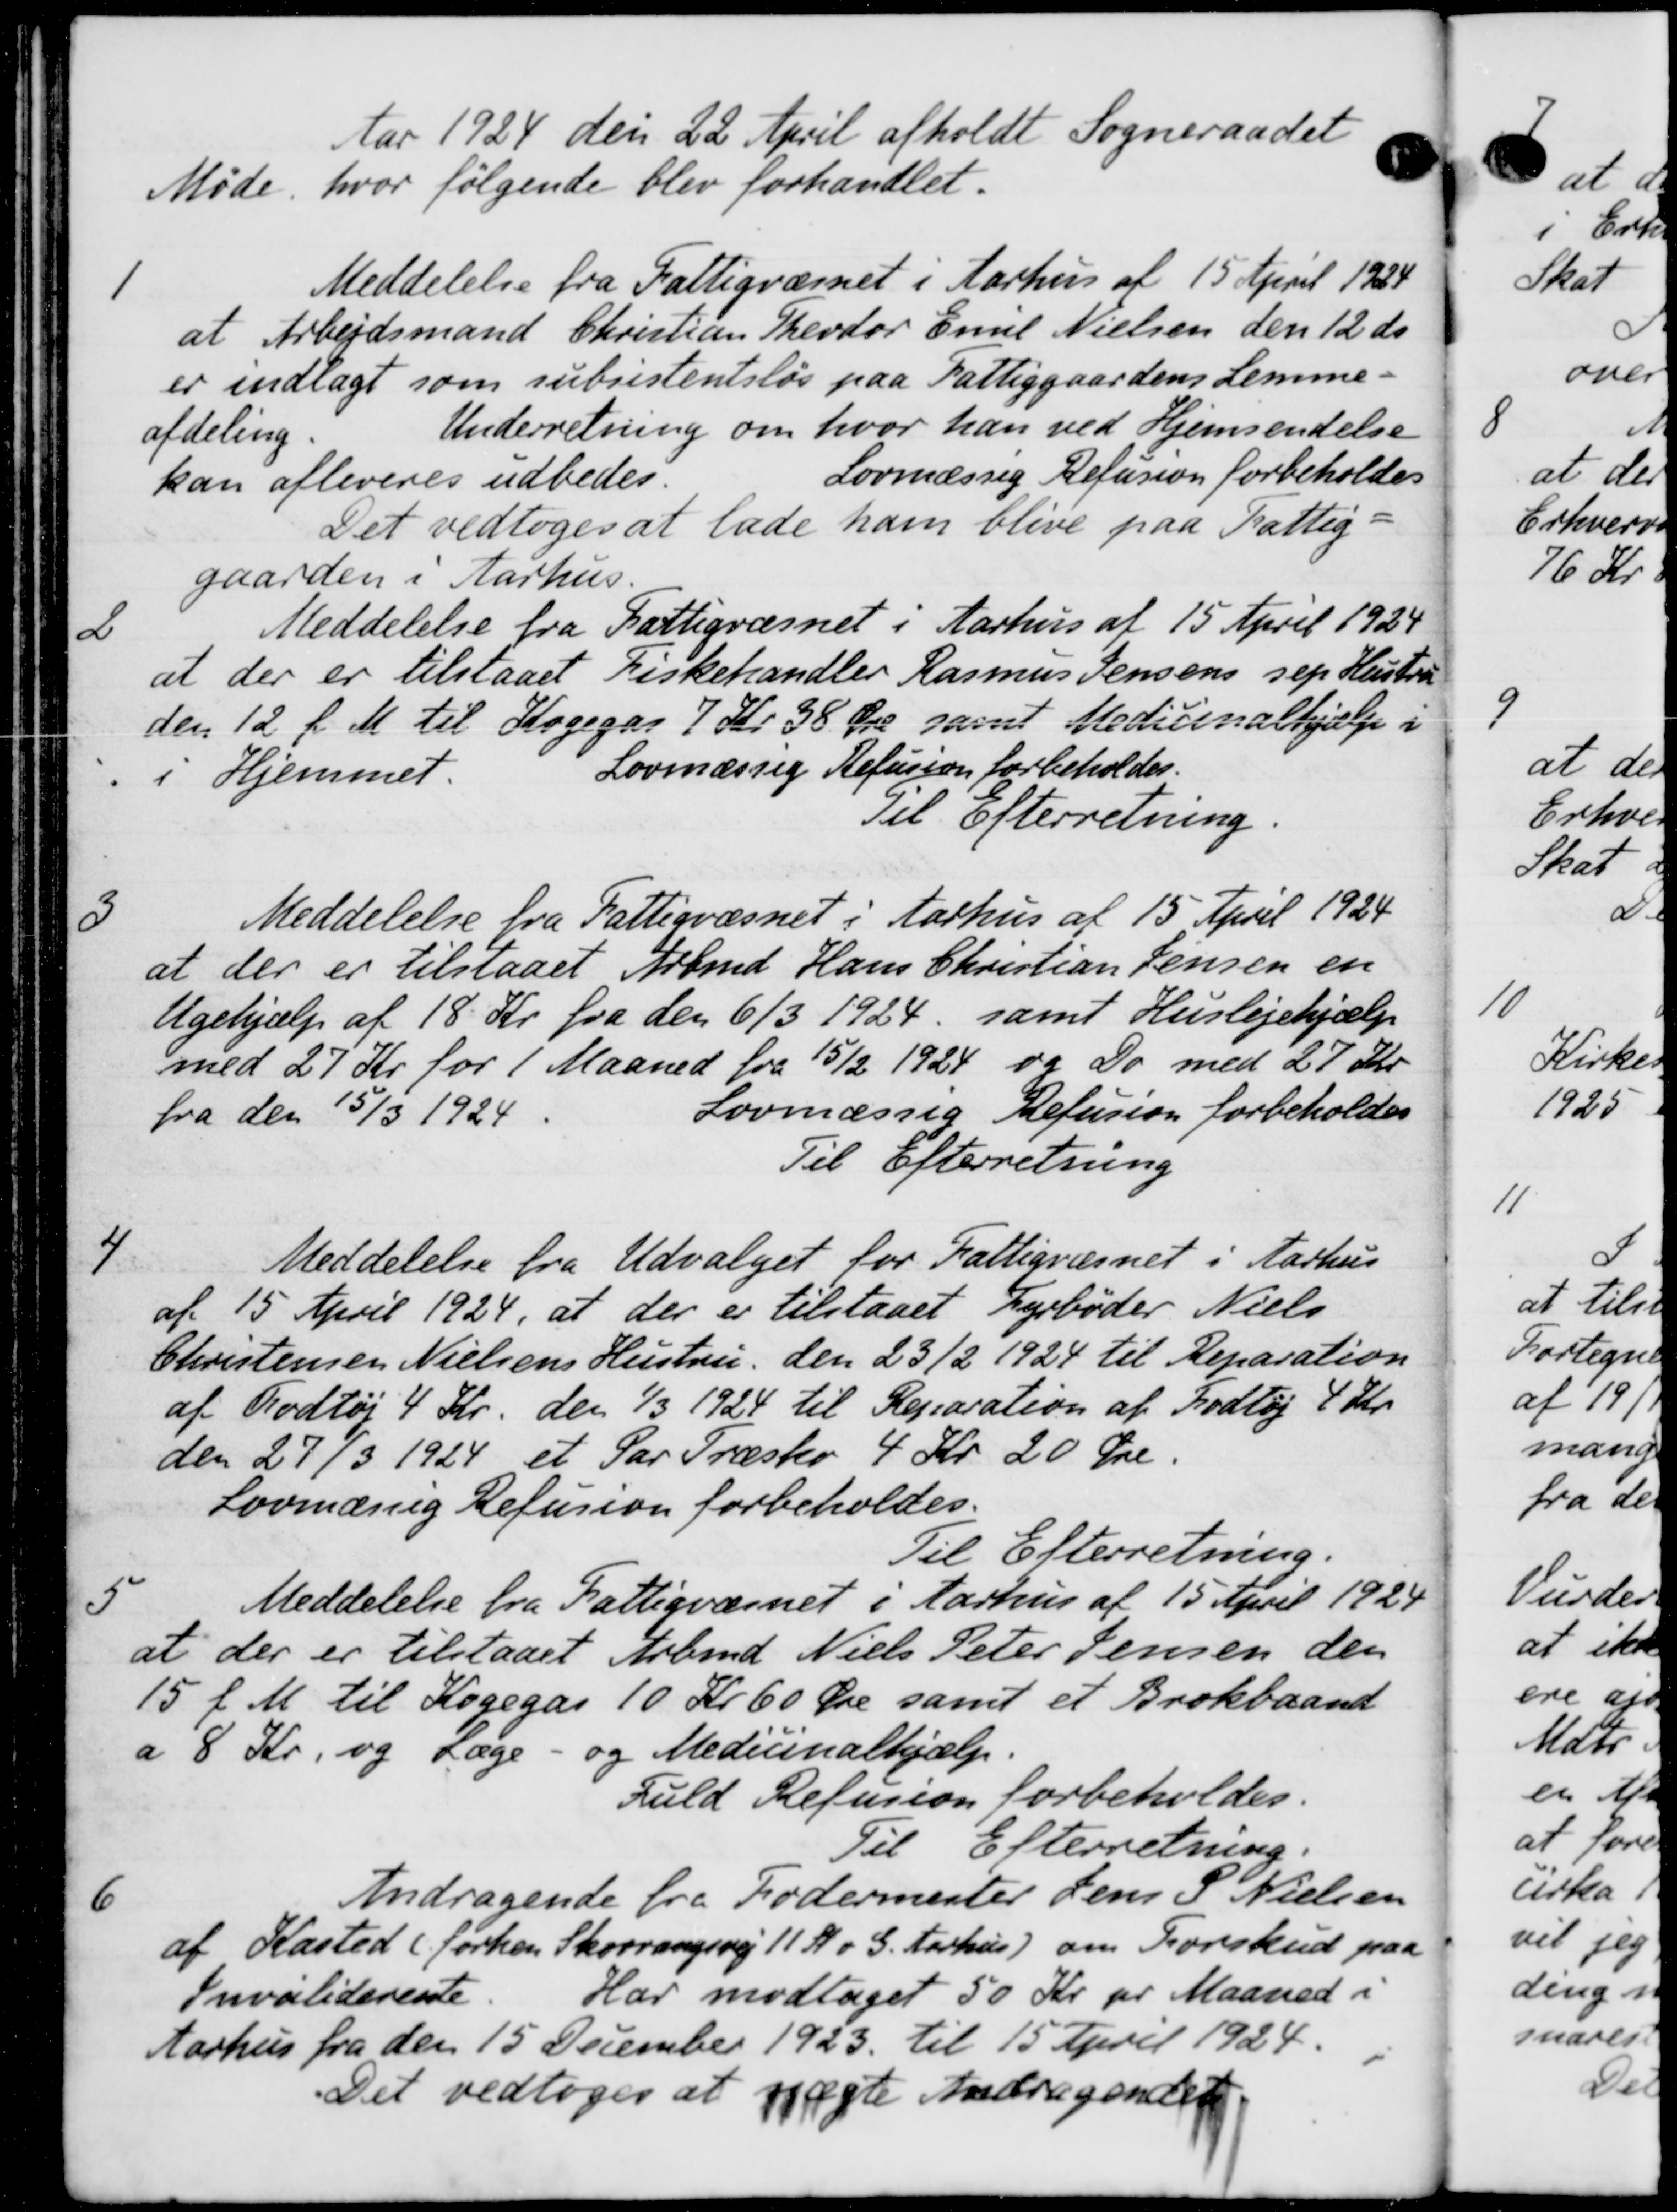
Transskription:
Aar 1924 den 22 April afholdt Sogneraadet
Møde, hvor følgende blev forhandlet.
1
Meddelelse fra Fattigvæsnet i Aarhus af 15 April 1924
at Arbejdsmand Christian Theodor Emil Nielsen den 12 ds
er indlagt som subsistentsløs paa Fattiggaardens Lemme-
afdeling
Underretning om hvor han ved Hjemsendelse
kan afleveres udbedes.
Lovmæssig Refusion forbeholdes
Det vedtoges at lade ham blive paa Fattig-
gaarden i Aarhus.
2
Meddelelse fra Fattigvæsnet i Aarhus af 15 April 1924
at der er tilstaaet Fiskehandler Rasmus Jensens sep Hustru
den 12 f. M. til Kogegar 7 Kr 38 Øre samt Medicinalhjælp i
i Hjemmet.
Lovmæssig Refusion forbeholdes.
Til Efterretning.
3
Meddelelse fra Fattigvæsnet i Aarhus af 15' April 1924
at der er tilstaaet Arbmd. Hans Christian Jensen en
Ugehjælp af 18 Kr. fra den 6/3 1924, samt Huslejehjælp
med 27 Kr for 1 Maaned fra 15/2 1924 og Do med 27 Kr.
fra den 15/3 1924.
Lovmæssig Refusion forbeholdes
Til Efterretning
4
Meddelelse fra Udvalget for Fattigvæsnet i Aarhus
af 15 April 1924, at der er tilstaaet Fyrbøder Niels
Christensen Nielsens Hustru, den 23/2 1924 til Reparation
af Fodtøj 4 Kr. den 1/3 1924 til Reparation af Fodtøj 4 Kr.
den 27/3 1924 et Par Træsko 4 Kr. 20 Øre.
Lovmæssig Refusion forbeholdes.
Til Efterretning.
5
Meddelelse fra Fattigvæsnet i Aarhus af 15 April 1924
at der er tilstaaet Arbmd Niels Peter Jensen den
15 f. M. til Kogegas 10 Kr 60 Øre samt et Brokbaand
a 8 Kr. og Læge - og Medicinalhjælp.
Fuld Refusion forbeholdes.
Til Efterretning.
6
Andragende fra Fodermester Jens P. Nielsen
af Kasted (førhen Skovvangsvej 11 K o G. Aarhus) om Forskud paa
Invaliderente. Har modtaget 50 Kr pr Maaned i
Aarhus fra den 15 December 1923 til 15 April 1924.
Det vedtoges at nægte Andragendet